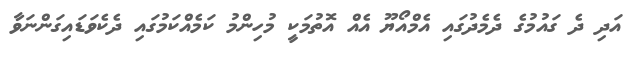
އަދި ދެ ގައުމުގެ ދެމެދުގައި އެމްއޯޔޫ އެއް އޮތުމަކީ މުހިންމު ކަމެއްކަމުގައި ދެކެވަޑައިގަންނަވާ